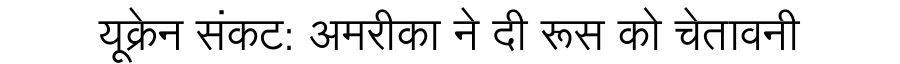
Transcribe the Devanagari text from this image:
यूक्रेन संकट: अमरीका ने दी रूस को चेतावनी